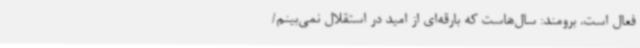
فعال است. برومند: سال‌هاست که بارقه‌ای از امید در استقلال نمی‌بینم/